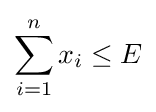
\sum _{i=1}^{n}x_{i}\leq E